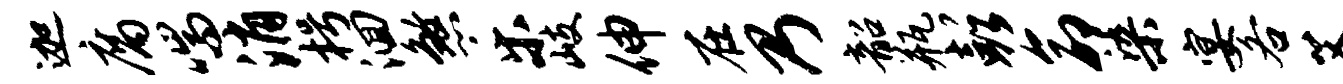
迦腐喘消枵洄煞乐岐伸在乃韶瓶彭命染宴各艾